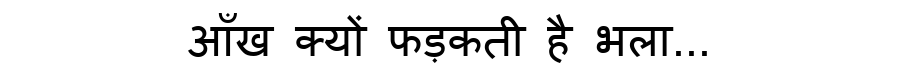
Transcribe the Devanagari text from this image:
आँख क्यों फड़कती है भला...